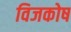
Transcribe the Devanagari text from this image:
विजकोष